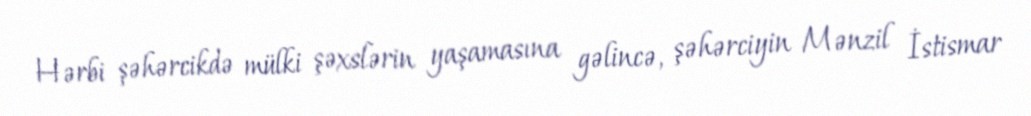
Hərbi şəhərcikdə mülki şəxslərin yaşamasına gəlincə, şəhərciyin Mənzil İstismar